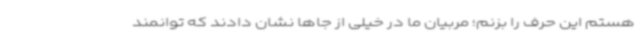
هستم این حرف را بزنم؛ مربیان ما در خیلی از جاها نشان دادند که توانمند